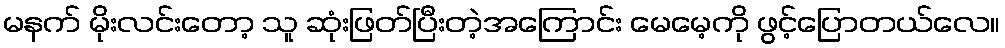
မနက် မိုးလင်းတော့ သူ ဆုံးဖြတ်ပြီးတဲ့အကြောင်း မေမေ့ကို ဖွင့်ပြောတယ်လေ။